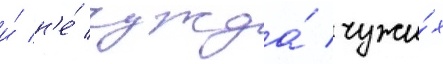
и́ н'е́ чужда́ чужи́х